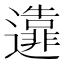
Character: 𨘴